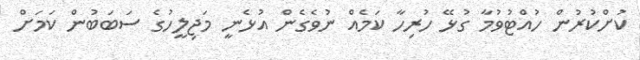
ކުށްކުރުން ހުއްޓުވުމާ ގުޅޭ ހުރިހާ ކަމެއް ނުވެގެން އުޅެނީ މަޖިލީހުގެ ސަބަބުން ކަމަށް